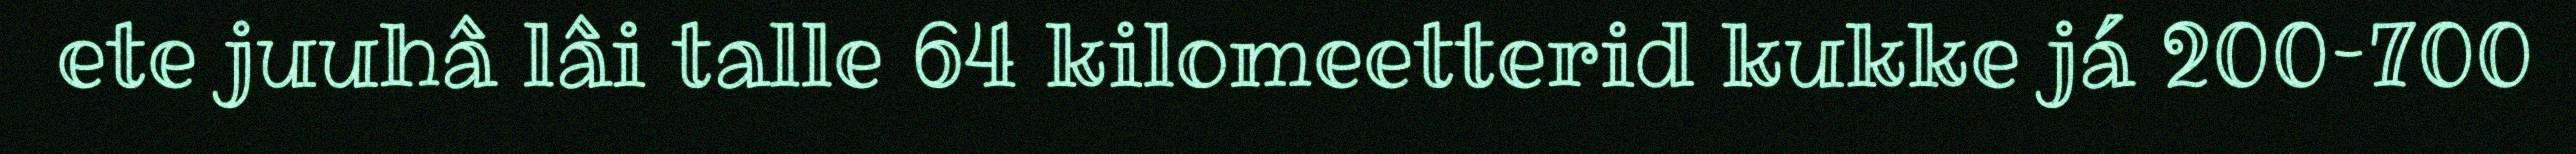
ete juuhâ lâi talle 64 kilomeetterid kukke já 200–700